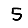
Digit: 5